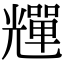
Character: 𠓊